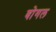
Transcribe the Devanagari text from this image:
वोगल